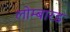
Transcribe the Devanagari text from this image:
लोम्बारड